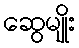
ဆွေမျိုး